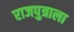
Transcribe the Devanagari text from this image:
राजपुत्राला